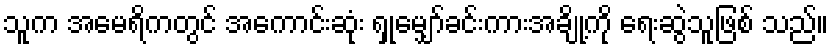
သူက အမေရိကတွင် အကောင်းဆုံး ရှုမျှော်ခင်းကားအချို့ကို ရေးဆွဲသူဖြစ် သည်။